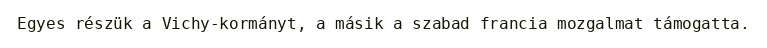
Egyes részük a Vichy-kormányt, a másik a szabad francia mozgalmat támogatta.